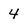
Character: 4